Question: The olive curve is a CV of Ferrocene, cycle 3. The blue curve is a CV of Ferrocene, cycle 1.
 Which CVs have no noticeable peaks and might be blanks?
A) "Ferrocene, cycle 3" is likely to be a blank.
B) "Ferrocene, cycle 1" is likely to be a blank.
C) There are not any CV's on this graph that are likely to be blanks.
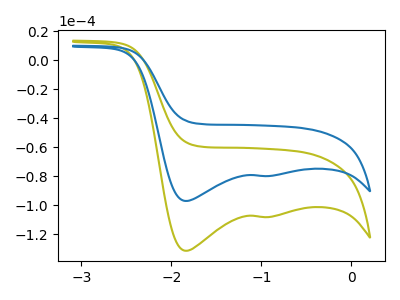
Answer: <think>The olive curve "Ferrocene, cycle 3" has cathodic peaks at (-1.85V, -131.50uA) (-0.90V, -108.20uA). The blue curve "Ferrocene, cycle 1" has cathodic peaks at (-1.85V, -97.15uA) (-0.90V, -79.95uA).</think>
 <answer>C) There are not any CV's on this graph that are likely to be blanks.</answer>
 <eval>C</eval>